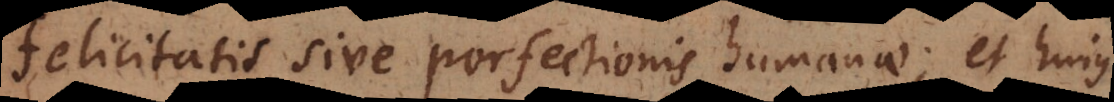
felicitatis sive perfectionis humanae; et hujus